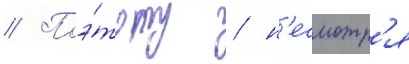
// Поэ́тому / н'есмотр'я